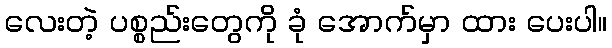
လေးတဲ့ ပစ္စည်းတွေကို ခုံ အောက်မှာ ထား ပေးပါ။